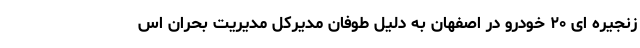
زنجیره ای ۲۰ خودرو در اصفهان به دلیل طوفان مدیرکل مدیریت بحران اس